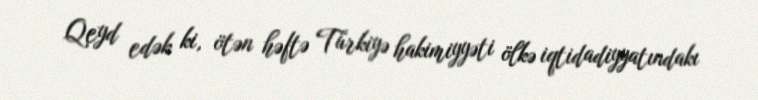
Qeyd edək ki, ötən həftə Türkiyə hakimiyyəti ölkə iqtidadiyyatındakı